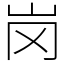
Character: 岗